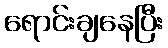
ရောင်းချနေပြီး